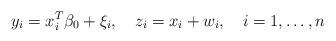
LaTeX: \begin{align*} y_i=x_i^T\beta_0+\xi_i, \ \ \ z_i = x_i + w_i, \ \ \ i=1,\ldots, n\end{align*}